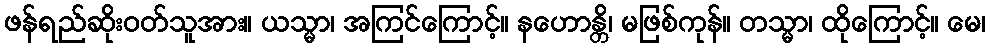
ဖန်ရည်ဆိုးဝတ်သူအား။ ယသ္မာ၊ အကြင်ကြောင့်။ နဟောန္တိ၊ မဖြစ်ကုန်။ တသ္မာ၊ ထိုကြောင့်။ မေ၊